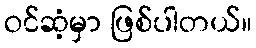
ဝင်ဆံ့မှာ ဖြစ်ပါတယ်။